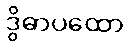
ဒွိဓာပထော